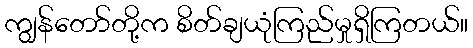
ကျွန်တော်တို့က စိတ်ချယုံကြည်မှုရှိကြတယ်။